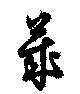
莱